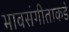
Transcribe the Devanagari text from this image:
भावसंगीताकडे